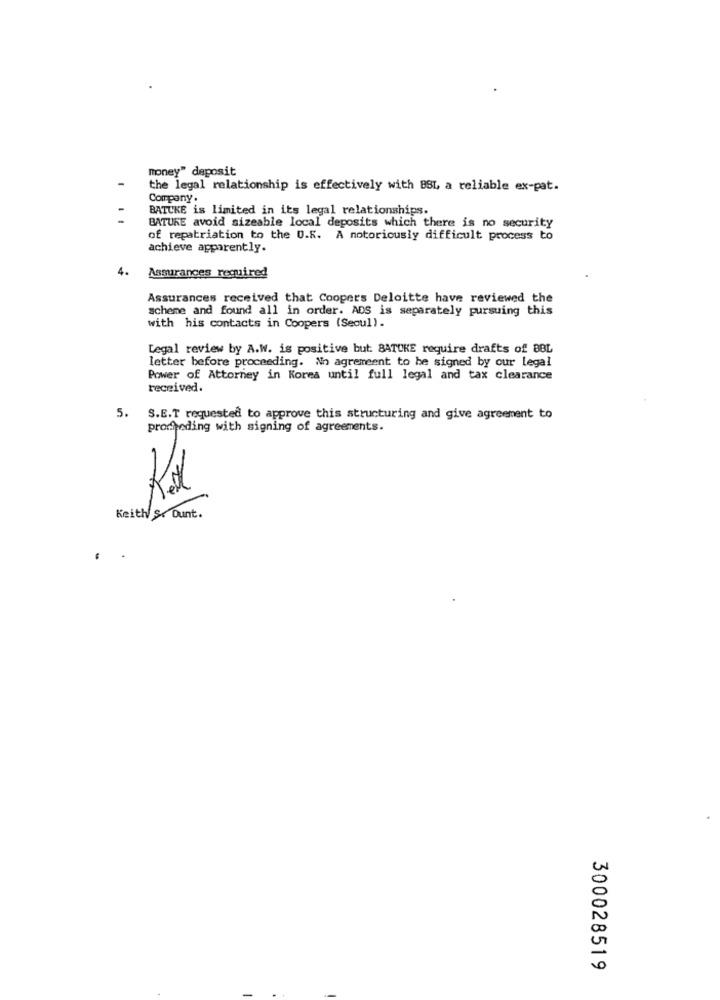
money" deposit
-
the legal relationship is effectively with BSL a reliable ex-pat.
Company.
BATUKE is limited in its legal relationships.
BATURE avoid sizeable local deposits which there is no security
of repatriation to the 0.8. A notoriously difficult process to
achieve apparently.
4.
Assurances required
Assurances received that Cooper's Deloitte have reviewed the
scheme and found all in order. ADS is separately pursuing this
with his contacts in Coopers (Seoul).
Legal review by A.W. is positive but BATOKE require drafts of 88L
letter before proceeding. No agremeent to be signed by our legal
Power of Attorney in Korea until full legal and tax clearance
received.
5.
S.E.T requested to approve this structuring and give agreement to
prodieding with signing of agreements.
Keith S. Dunt.
300028519